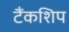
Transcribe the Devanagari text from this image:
टैंकशिप